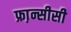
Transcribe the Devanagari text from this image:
फ्रा़न्सीसी